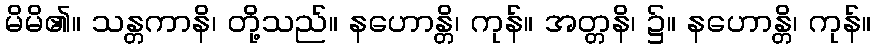
မိမိ၏။ သန္တကာနိ၊ တို့သည်။ နဟောန္တိ၊ ကုန်။ အတ္တနိ၊ ၌။ နဟောန္တိ၊ ကုန်။